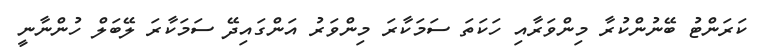
ކަރަންޓު ބޭނުންކުރާ މިންވަރާއި ހަކަތަ ސަމަކާރަ މިންވަރު އަންގައިދޭ ސަމަކާރަ ލޭބަލް ހުންނާނީ